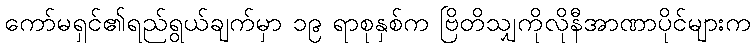
ကော်မရှင်၏ရည်ရွယ်ချက်မှာ ၁၉ ရာစုနှစ်က ဗြိတိသျှကိုလိုနီအာဏာပိုင်များက